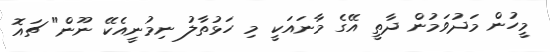
މީހުން މަދުވަމުން ދާތީ އޭގެ މާނައަކީ މި ހަޅުތާލު ނިމުނީއެކޭ ނޫން" ޗައޮ